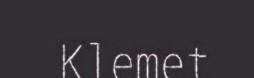
Klemet